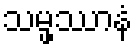
သမ္ဖဿာနံ